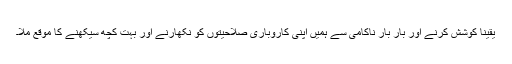
یقیناً کوشش کرنے اور بار بار ناکامی سے ہمیں اپنی کاروباری صلاحیتوں کو نکھارنے اور بہت کچھ سیکھنے کا موقع ملا۔